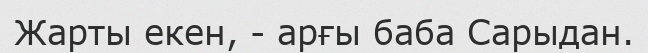
Жарты екен, - арғы баба Сарыдан.